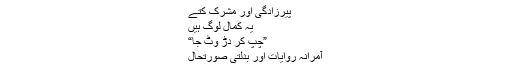
←
پیرزادگی اور مشرک کتے
یہ کمال لوگ ہیں
”چپ کر دڑ وٹ جا“
آمرانہ روایات اور بدلتی صورتحال
ایک روایت یہ ھے۔